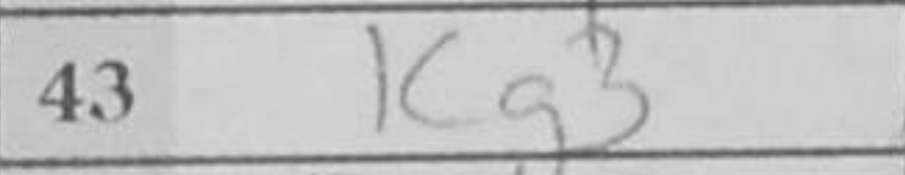
Transcription: Kg3